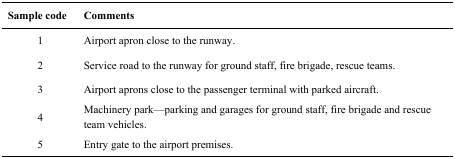
<table><thead><tr><td><b>Sample code</b></td><td><b>Comments</b></td></tr></thead><tbody><tr><td>1</td><td>Airport apron close to the runway.</td></tr><tr><td>2</td><td>Service road to the runway for ground staff, fire brigade, rescue teams.</td></tr><tr><td>3</td><td>Airport aprons close to the passenger terminal with parked aircraft.</td></tr><tr><td>4</td><td>Machinery park—parking and garages for ground staff, fire brigade and rescue team vehicles.</td></tr><tr><td>5</td><td>Entry gate to the airport premises.</td></tr></tbody></table>